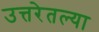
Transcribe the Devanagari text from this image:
उत्तरेतल्या